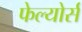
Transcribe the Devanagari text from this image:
फेल्योर्स